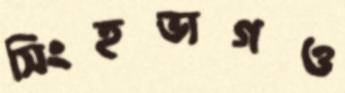
সিংহভাগও